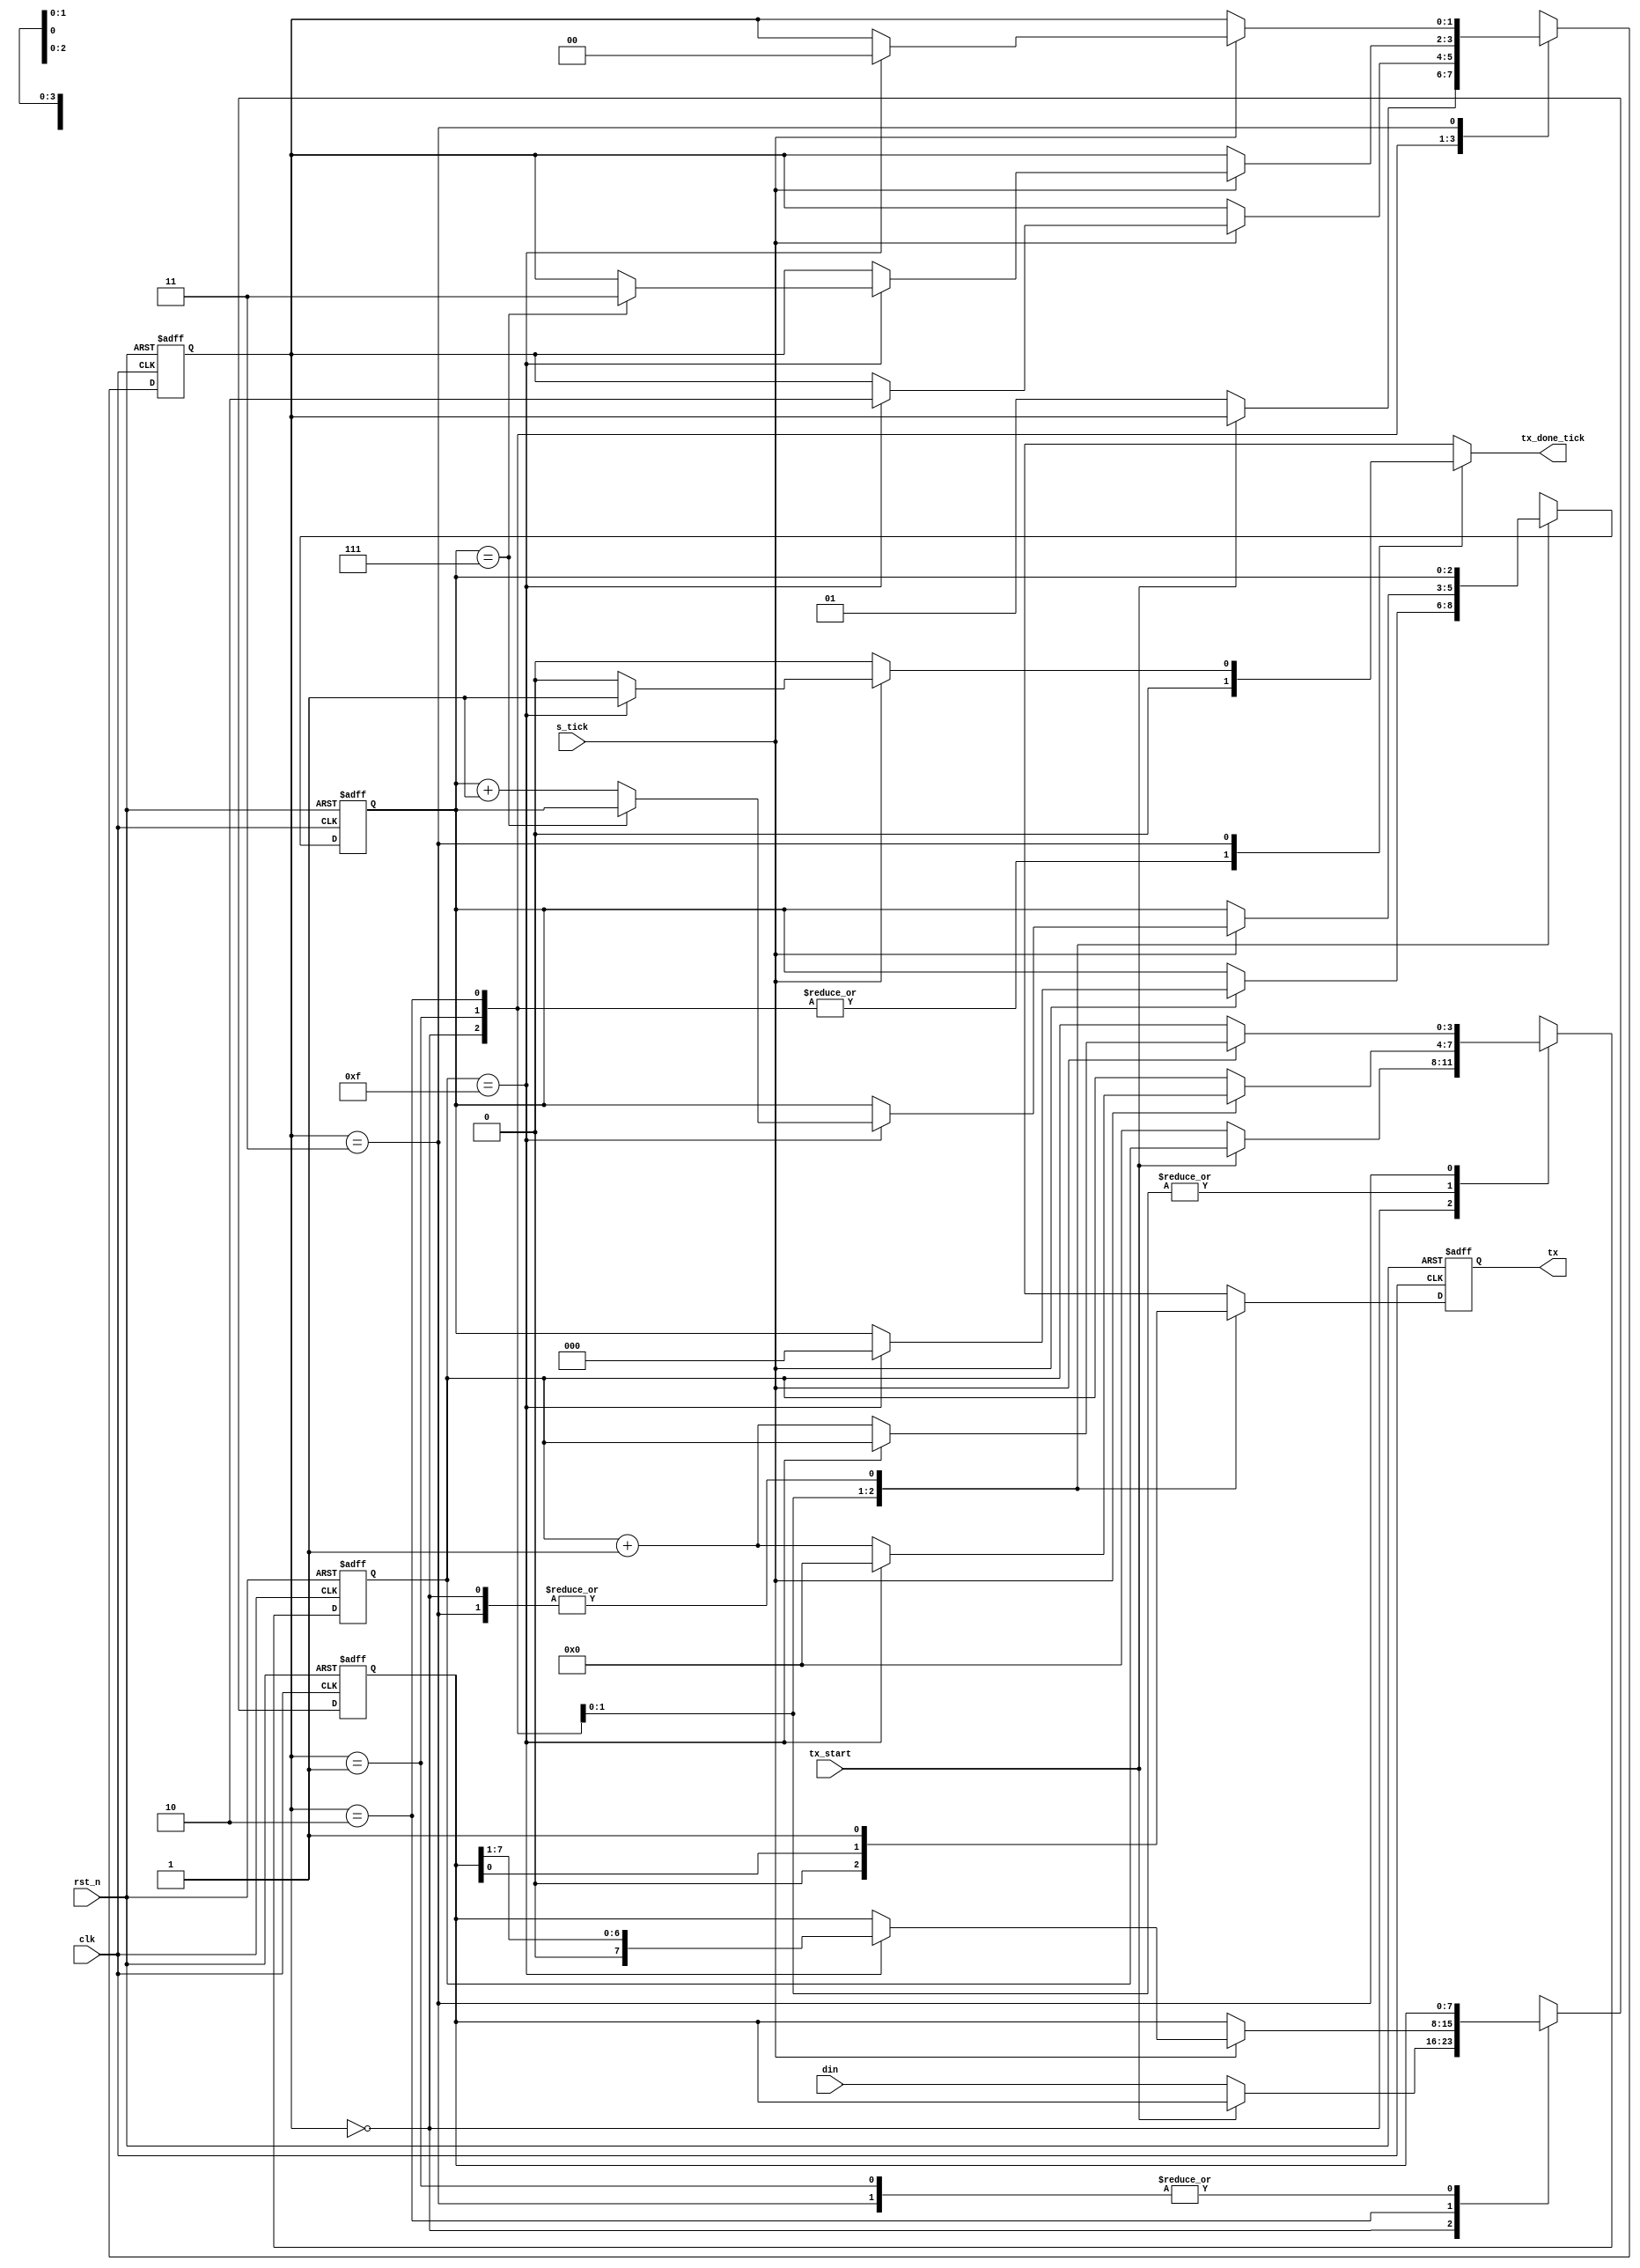
`timescale 1ns / 1ps
//////////////////////////////////////////////////////////////////////////////////
// Company: 
// Engineer: 
// 
// Design Name: 
// Module Name:    uart_tx 
// Project Name: 
// Target Devices: 
// Tool versions: 
// Description: 
//
// Dependencies: 
//
// Revision: 
// Revision 0.01 - File Created
// Additional Comments: 
//
//////////////////////////////////////////////////////////////////////////////////
module uart_tx #(parameter DBIT=8, SB_TICK=16)
	(
		input clk,rst_n,
		input s_tick, tx_start,
		input[7:0] din,
		output reg tx_done_tick,
		output tx
    );
	 //FSM state declarations
	 localparam[1:0] idle=2'd0,
							start=2'd1,
							data=2'd2,
							stop=2'd3;
	 reg[1:0] state_reg,state_nxt;
	 reg[3:0] s_reg,s_nxt; //count to 16 for every data bit
	 reg[2:0] n_reg,n_nxt; //count the number of data bits already transmitted
	 reg[7:0] din_reg,din_nxt; //stores the word to be transmitted
	 reg tx_reg,tx_nxt;
	 //FSM register operation
	 always @(posedge clk,negedge rst_n) begin
		if(!rst_n) begin
			state_reg<=idle;
			s_reg<=0;
			n_reg<=0;
			din_reg<=0;
			tx_reg<=0;
		end
		else begin
			state_reg<=state_nxt;
			s_reg<=s_nxt;
			n_reg<=n_nxt;
			din_reg<=din_nxt;
			tx_reg<=tx_nxt;
		end
	 end
	 //FSM next-state logic
	 always @* begin
		 state_nxt=state_reg;
		 s_nxt=s_reg;
		 n_nxt=n_reg;
		 din_nxt=din_reg;
		 tx_nxt=tx_reg;
		 tx_done_tick=0;
		 case(state_reg)
				idle: begin //wait for the buffer to have at least one word stored
							tx_nxt=1;
							if(tx_start==0) begin //tx_start is  connected to the inverted empty port of fifo buffer
								din_nxt=din;
								s_nxt=0;
								state_nxt=start;
							end
						end
			  start: begin   //wait to finish the start bit
							tx_nxt=0;
							if(s_tick==1) begin
								if(s_reg==15) begin
									s_nxt=0;
									n_nxt=0;
									state_nxt=data;
								end
								else s_nxt=s_reg+1;
							end
						end
				data: begin  //wait for all data bits to be transmitted serially
							tx_nxt=din_reg[0];
							if(s_tick==1) begin
								if(s_reg==15) begin
									din_nxt=din_reg>>1;
									s_nxt=0;
									if(n_reg==DBIT-1) state_nxt=stop;
									else n_nxt=n_reg+1;
								end
								else s_nxt=s_reg+1;
							end
						end
				stop: begin  //wait to finish the stop bit
							tx_nxt=1;
							if(s_tick==1) begin
								if(s_reg==SB_TICK-1) begin
									tx_done_tick=1;
									state_nxt=idle;
								end
								else s_nxt=s_reg+1;
							end
						end
			default: state_nxt=idle;
		 endcase
	 end
	 assign tx=tx_reg;
	 
	 
 


endmodule